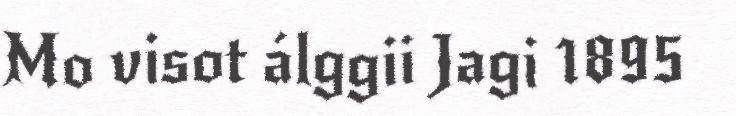
Mo visot álggii Jagi 1895